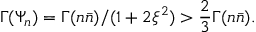
\Gamma ( \Psi _ { n } ) = \Gamma ( n \bar { n } ) / ( 1 + 2 \xi ^ { 2 } ) > \frac { 2 } { 3 } \Gamma ( n \bar { n } ) .